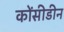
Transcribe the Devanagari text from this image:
कोंसीडीन